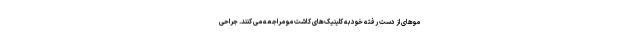
موهای از دست رفته خود به کلینیک‌های کاشت مو مراجعه می کنند. جراحی